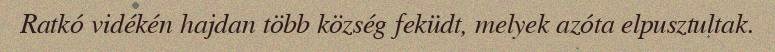
Ratkó vidékén hajdan több község feküdt, melyek azóta elpusztultak.